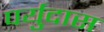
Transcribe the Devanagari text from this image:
पर्युदास